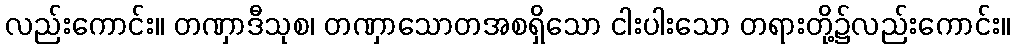
လည်းကောင်း။ တဏှာဒီသုစ၊ တဏှာသောတအစရှိသော ငါးပါးသော တရားတို့၌လည်းကောင်း။